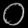
Digit: ၀